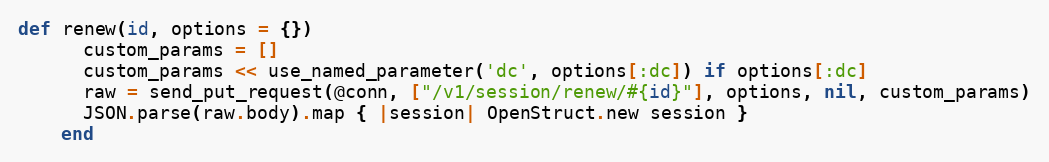
Language: Ruby
def renew(id, options = {})
      custom_params = []
      custom_params << use_named_parameter('dc', options[:dc]) if options[:dc]
      raw = send_put_request(@conn, ["/v1/session/renew/#{id}"], options, nil, custom_params)
      JSON.parse(raw.body).map { |session| OpenStruct.new session }
    end